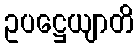
ဥပဋ္ဌေယျာတိ